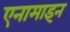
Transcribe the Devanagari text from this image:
एनामाइन